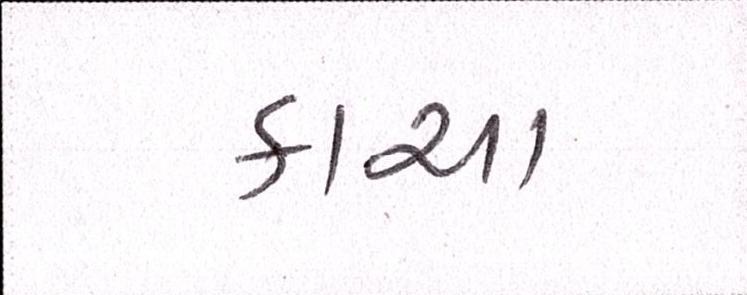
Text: કાચા